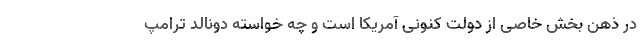
در ذهن بخش خاصی از دولت کنونی آمریکا است و چه خواسته دونالد ترامپ